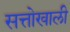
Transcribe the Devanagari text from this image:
सत्तोखाली